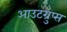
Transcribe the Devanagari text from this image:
आउटग्रुप्स